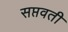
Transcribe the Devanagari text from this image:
सप्तवती